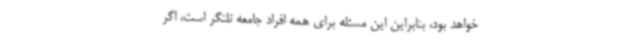
خواهد بود، بنابراین این مسئله برای همه افراد جامعه تلنگر است، اگر